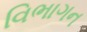
વિભાગન